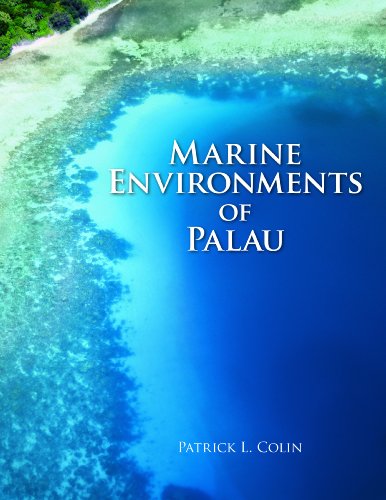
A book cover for Marine Environments of Palau; Patrick L. Colin; Travel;